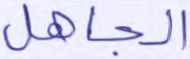
الجاهل